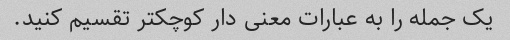
یک جمله را به عبارات معنی دار کوچکتر تقسیم کنید.